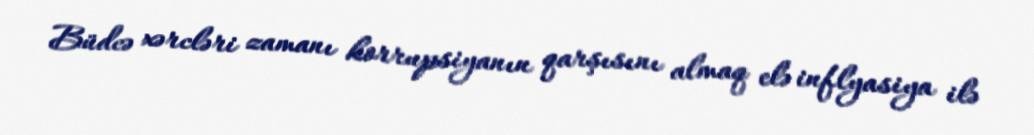
Büdcə xərcləri zamanı korrupsiyanın qarşısını almaq elə inflyasiya ilə